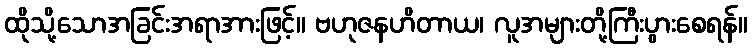
ထိုသို့သောအခြင်းအရာအားဖြင့်။ ဗဟုဇနဟိတာယ၊ လူအများတို့ကြီးပွားစေရန်။